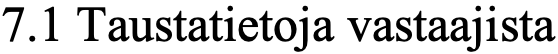
7.1 Taustatietoja vastaajista